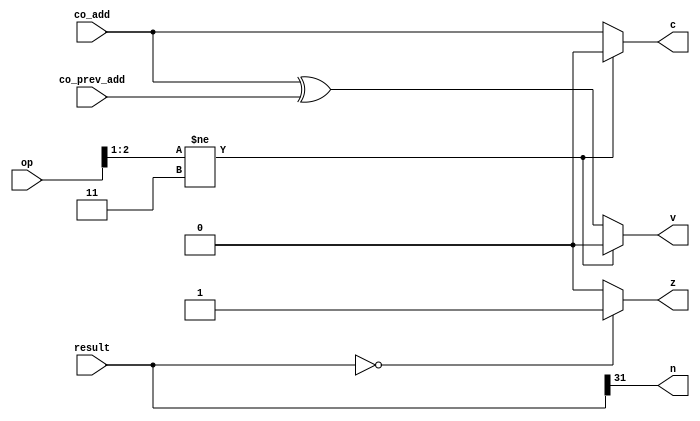
module cal_flags32(op,result,co_add,co_prev_add,c,n,z,v); //calculation of 32-bits Flags
  input [2:0] op;
  input [31:0] result;
  input co_add,co_prev_add; 
  
  output c,n,z,v; //flags
  
  //c(carry): When Carry Occurs
  assign c = (op[2:1] != 2'b11) ? 1'b0 : co_add;
  
  //n(negative): sign bit==1
  assign n = result[31];
  
  //z(zero): Operation result==0
  assign z = (result == 32'b0) ? 1'b1 : 1'b0;
  
  //v(overflow): carry[n-1] XOR carry[n-2]
  assign v = (op[2:1] != 2'b11) ? 1'b0 : co_add ^ co_prev_add;
  
endmodule